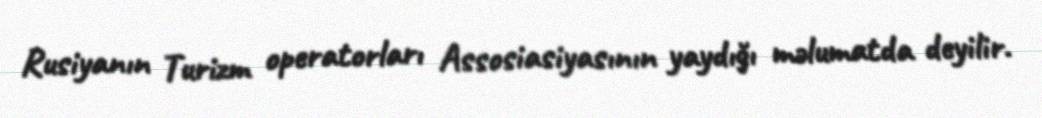
Rusiyanın Turizm operatorları Assosiasiyasının yaydığı məlumatda deyilir.